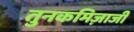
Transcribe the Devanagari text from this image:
तुनकमिज़ाजी